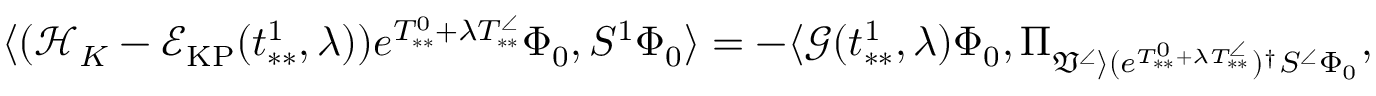
\langle ( \mathcal { H } _ { K } - \mathcal { E } _ { \mathrm { K P } } ( t _ { * * } ^ { 1 } , \lambda ) ) e ^ { T _ { * * } ^ { 0 } + \lambda T _ { * * } ^ { \angle } } \Phi _ { 0 } , S ^ { 1 } \Phi _ { 0 } \rangle = - \langle \mathcal { G } ( t _ { * * } ^ { 1 } , \lambda ) \Phi _ { 0 } , \Pi _ { \mathfrak { V } ^ { \angle } \rangle ( e ^ { T _ { * * } ^ { 0 } + \lambda T _ { * * } ^ { \angle } } ) ^ { \dag } S ^ { \angle } \Phi _ { 0 } } ,